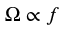
\Omega \propto f